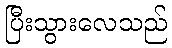
ပြီးသွားလေသည်